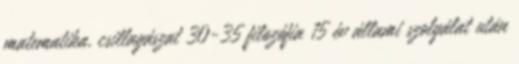
matematika, csillagászat 30-35 filozófia 15 év állami szolgálat után